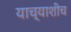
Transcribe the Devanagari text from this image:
याच्याशीच